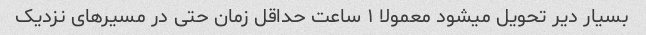
بسیار دیر تحویل میشود معمولا ۱ ساعت حداقل زمان حتی در مسیر‌های نزدیک